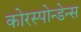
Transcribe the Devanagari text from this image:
कोरस्पोन्डेन्स